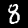
Digit: 8